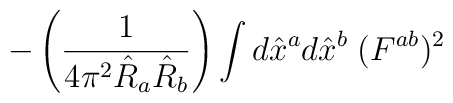
-\left(\frac{1}{4 \pi^2 \hat{R}_a \hat{R}_b} \right)\int d\hat{x}^a d\hat{x}^b \;  (F^{ab})^2